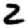
Digit: 2